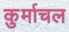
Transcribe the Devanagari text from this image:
कुर्माचल